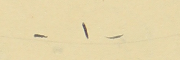
-١-